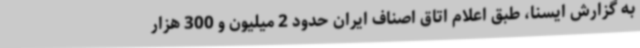
به گزارش ایسنا، طبق اعلام اتاق اصناف ایران حدود 2 میلیون و 300 هزار